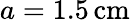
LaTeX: a=1.5\, \mathrm{cm}